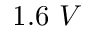
1 . 6 ~ V